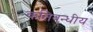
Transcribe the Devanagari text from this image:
कतिबन्धीय